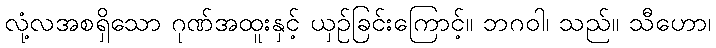
လုံ့လအစရှိသော ဂုဏ်အထူးနှင့် ယှဉ်ခြင်းကြောင့်။ ဘဂဝါ၊ သည်။ သီဟော၊